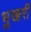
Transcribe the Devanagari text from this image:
भुखरी